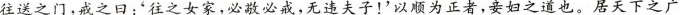
往送之门，戒之日：'往之女家，必敬必戒，无违夫子！'以顺为正者，妾妇之道也。居天下之广